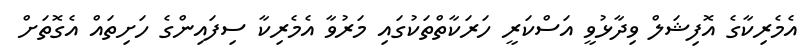
އެމެރިކާގެ އޮފިޝަލް ވިދާޅުވީ އަސްކަރީ ހަރަކާތްތަކުގައި މަރުވާ އެމެރިކާ ސިފައިންގެ ހަށިތައް އެގޮތަށް